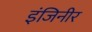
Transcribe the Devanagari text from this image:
इंजिनीर